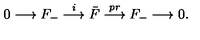
0 \longrightarrow F _ { - } \stackrel { i } { \longrightarrow } \bar { F } \stackrel { p r } { \longrightarrow } F _ { - } \longrightarrow 0 .